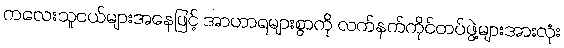
ကလေးသူငယ်များအနေဖြင့် အာဟာရများစွာကို လက်နက်ကိုင်တပ်ဖွဲ့များအားလုံး